Scottish Leaving Certificate Examination, 1954
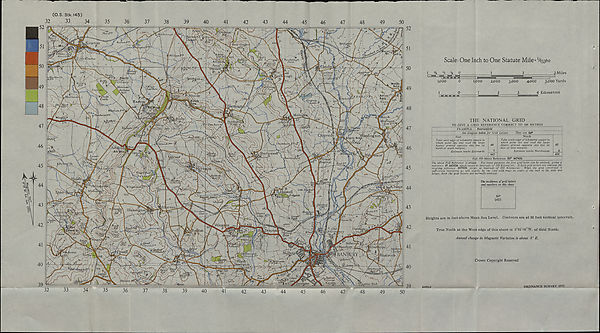
(O.S. Stk.145)
32
33
34
35
36
37
38
39
40
41
42
43
44
45
46
47
48
49
50
52
\
i—^3°°-
%j£ineton ~X / BtHimag*
K... P
■ ,00 nJ 1-.
0. ^68 le
,tf a
\ F
Hr"
150
V>tl?^<TVc/oA7
’Riirtn/i Hilt
v
.459\/'
•r\ •
oup-h
/''qiaicbUi
Battle F™.
l»all
-fOc
49
l - P A\lescote
£jt E skjf T&i\J\
j&
-Afoorlands\ r !
' A ‘ Qrabb
\ •
Ml
;/ ’w Castle
py/\
yay
Coo
^ UCEfl
48
itrl
/Wbstcote
/ >324^ M)
nh
yn
i * HaYdwickFW
/
3>5 5 /
i
I !; /
i,
.•//\
Moll
mi//
ate FT
Barn
47
2 7
47
a nor
-r-R-tm.
>P<'edy.
ardincton
oprelif Bril
7571777
4--o
422
/fo
Inickthorh
Uplands
46
46
.So
xhil
hotteswell
Ubton
luted
liamscot
Ho
'1. m Lower
r 3 fesTwoH
ou rt on field
On-ht f.
m
38q
.49 1 moiirto
' ewet F r ‘
; 492 ;
45
45
Lock
%
X 7
4
r odsha
b22 ,4*-
idale
burton
HAL
undd.
44
J54
vP\a
r\ P
44
vManwel]
per Lysoe
astlf/-
309
. a }
-.Ragnel
Hill,
43
Hardwick
:v.
43
erton
45c
483
SrreWmgton^i
ale' s F
Ah
sT HanJtll
R08 ^
' [ li/scot* Ho
■ e
1 / V
466*1 \
42
Wroxton . ,
A.4
^
42
Ron,)
r l %-Old
Overt
486
r»p4)ray(
auSEbtt,
G rim sbury
I Wha
'464
oxton 4bbc
455
Broumh
nZL.skv
i. Epwell ■ ’
41
4
. Bdlshoti
m
1 j.
Tdr
i W
,v<-
'erton
W BANBURY
arKwor
ialF™\
dl—^ ^
480
AZ
40
40
toe
tkI
'arkyvorfh
--A
' ekhcrx
Hillr.
hcroft ) \p /nn
pm
Hasp
5V<
416
50c
Ili’Oth
Bfetch
36c
i
Mh
J JS1
39
sing tor
c-^ap^P
33
35
38
41
46
44
45
48
49
50
Scale: One Inch to One Statute Mile=V63360
I V4 ‘A V4 0
1
3 Miles
IT
1,000
o
1,000
2,000
3,000
4,000
5,000 Yards
1234 Kilometres
1
O
1 H
THE NATIONAL GRID
TO GIVE A GRID REFERENCE CORRECT TO 100 METRES
EXAMPLE Bourtonfield
See diagram below for Grid Letters.
They are SP
East
Take west edge of kilometre square in
which point lies and read the large
figures printed opposite this line on
north or south margins.
Estimate tenths Eastwards
44
447
North
Take south edge of kilometre square in
which point lies and read the large
figures printed opposite this line on
east or west margins.
Estimate tenths Northwards
45
456
Full 100 Metre Reference SP 447456
The above Full Reference is unique. For many purposes the first grid letter can be omitted, giving a
reference. P 447456 which recurs at intervals of 500 Kilometres. If both grid letters are omitted, the
resulting reference 447456 recurs at intervals of 100 Kilometres. When the area concerned is
sufficiently restricted, as will usually be the case with maps on scales of one inch to the mile and
larger, both the grid letters are -normally omitted.
The incidence of grid letters
and numbers on this sheet
SP
(42)
Heights are in feet above Mean Sea Level. Contours are at 50 feet vertical intervals.
True North at the West edge of this sheet is 0 o 22'08”W. of Grid North.
Annual change in Magnetic Variation is about 8' E.
Crown Copyright Reserved
3665/A
ORDNANCE SURVEY 1952.